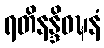
ရတိနန္ဒိဝဍ္ဎနံ